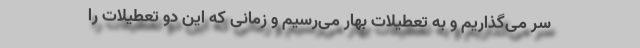
سر می‌گذاریم و به تعطیلات بهار می‌رسیم و زمانی که این دو تعطیلات را